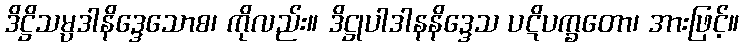
ဒိဋ္ဌိသမ္ပဒါနိဒ္ဒေသောစ၊ ကိုလည်း။ ဒိဋ္ဌုပါဒါနနိဒ္ဒေသ ပဋိပက္ခတော၊ အားဖြင့်။